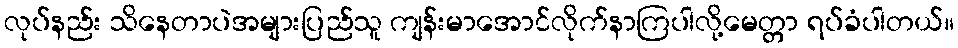
လုပ်နည်း သိနေတာပဲအများပြည်သူ ကျန်းမာအောင်လိုက်နာကြပါလို့မေတ္တာ ရပ်ခံပါတယ်။